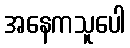
အနေကသူပေါ